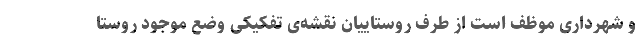
و شهرداری موظف است از طرف روستاییان نقشه‌ی تفکیکی وضع موجود روستا